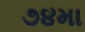
૭૪મા